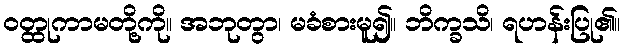
ဝတ္ထုကာမတို့ကို။ အဘုတွာ၊ မခံစားမူ၍။ ဘိက္ခသိ၊ ရဟန်းပြု၏။